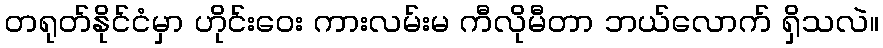
တရုတ်နိုင်ငံမှာ ဟိုင်းဝေး ကားလမ်းမ ကီလိုမီတာ ဘယ်လောက် ရှိသလဲ။